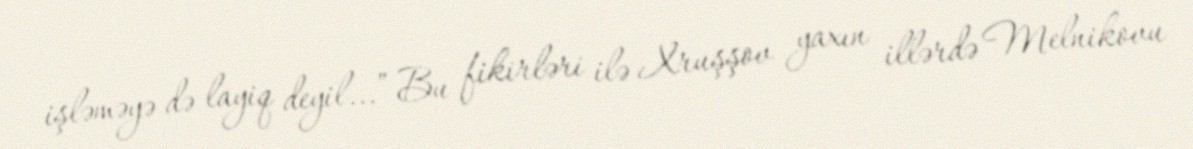
işləməyə də layiq deyil...” Bu fikirləri ilə Xruşşov yaxın illərdə Melnikovu